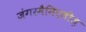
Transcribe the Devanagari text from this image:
जंगरमैनिएलीज़